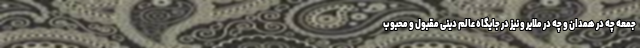
جمعه چه در همدان و چه در ملایر و نیز در جایگاه عالم دینی مقبول و محبوب